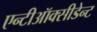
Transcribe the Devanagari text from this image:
एन्टीऑक्सीडेन्ट